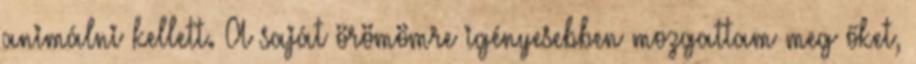
animálni kellett. A saját örömömre igényesebben mozgattam meg őket,